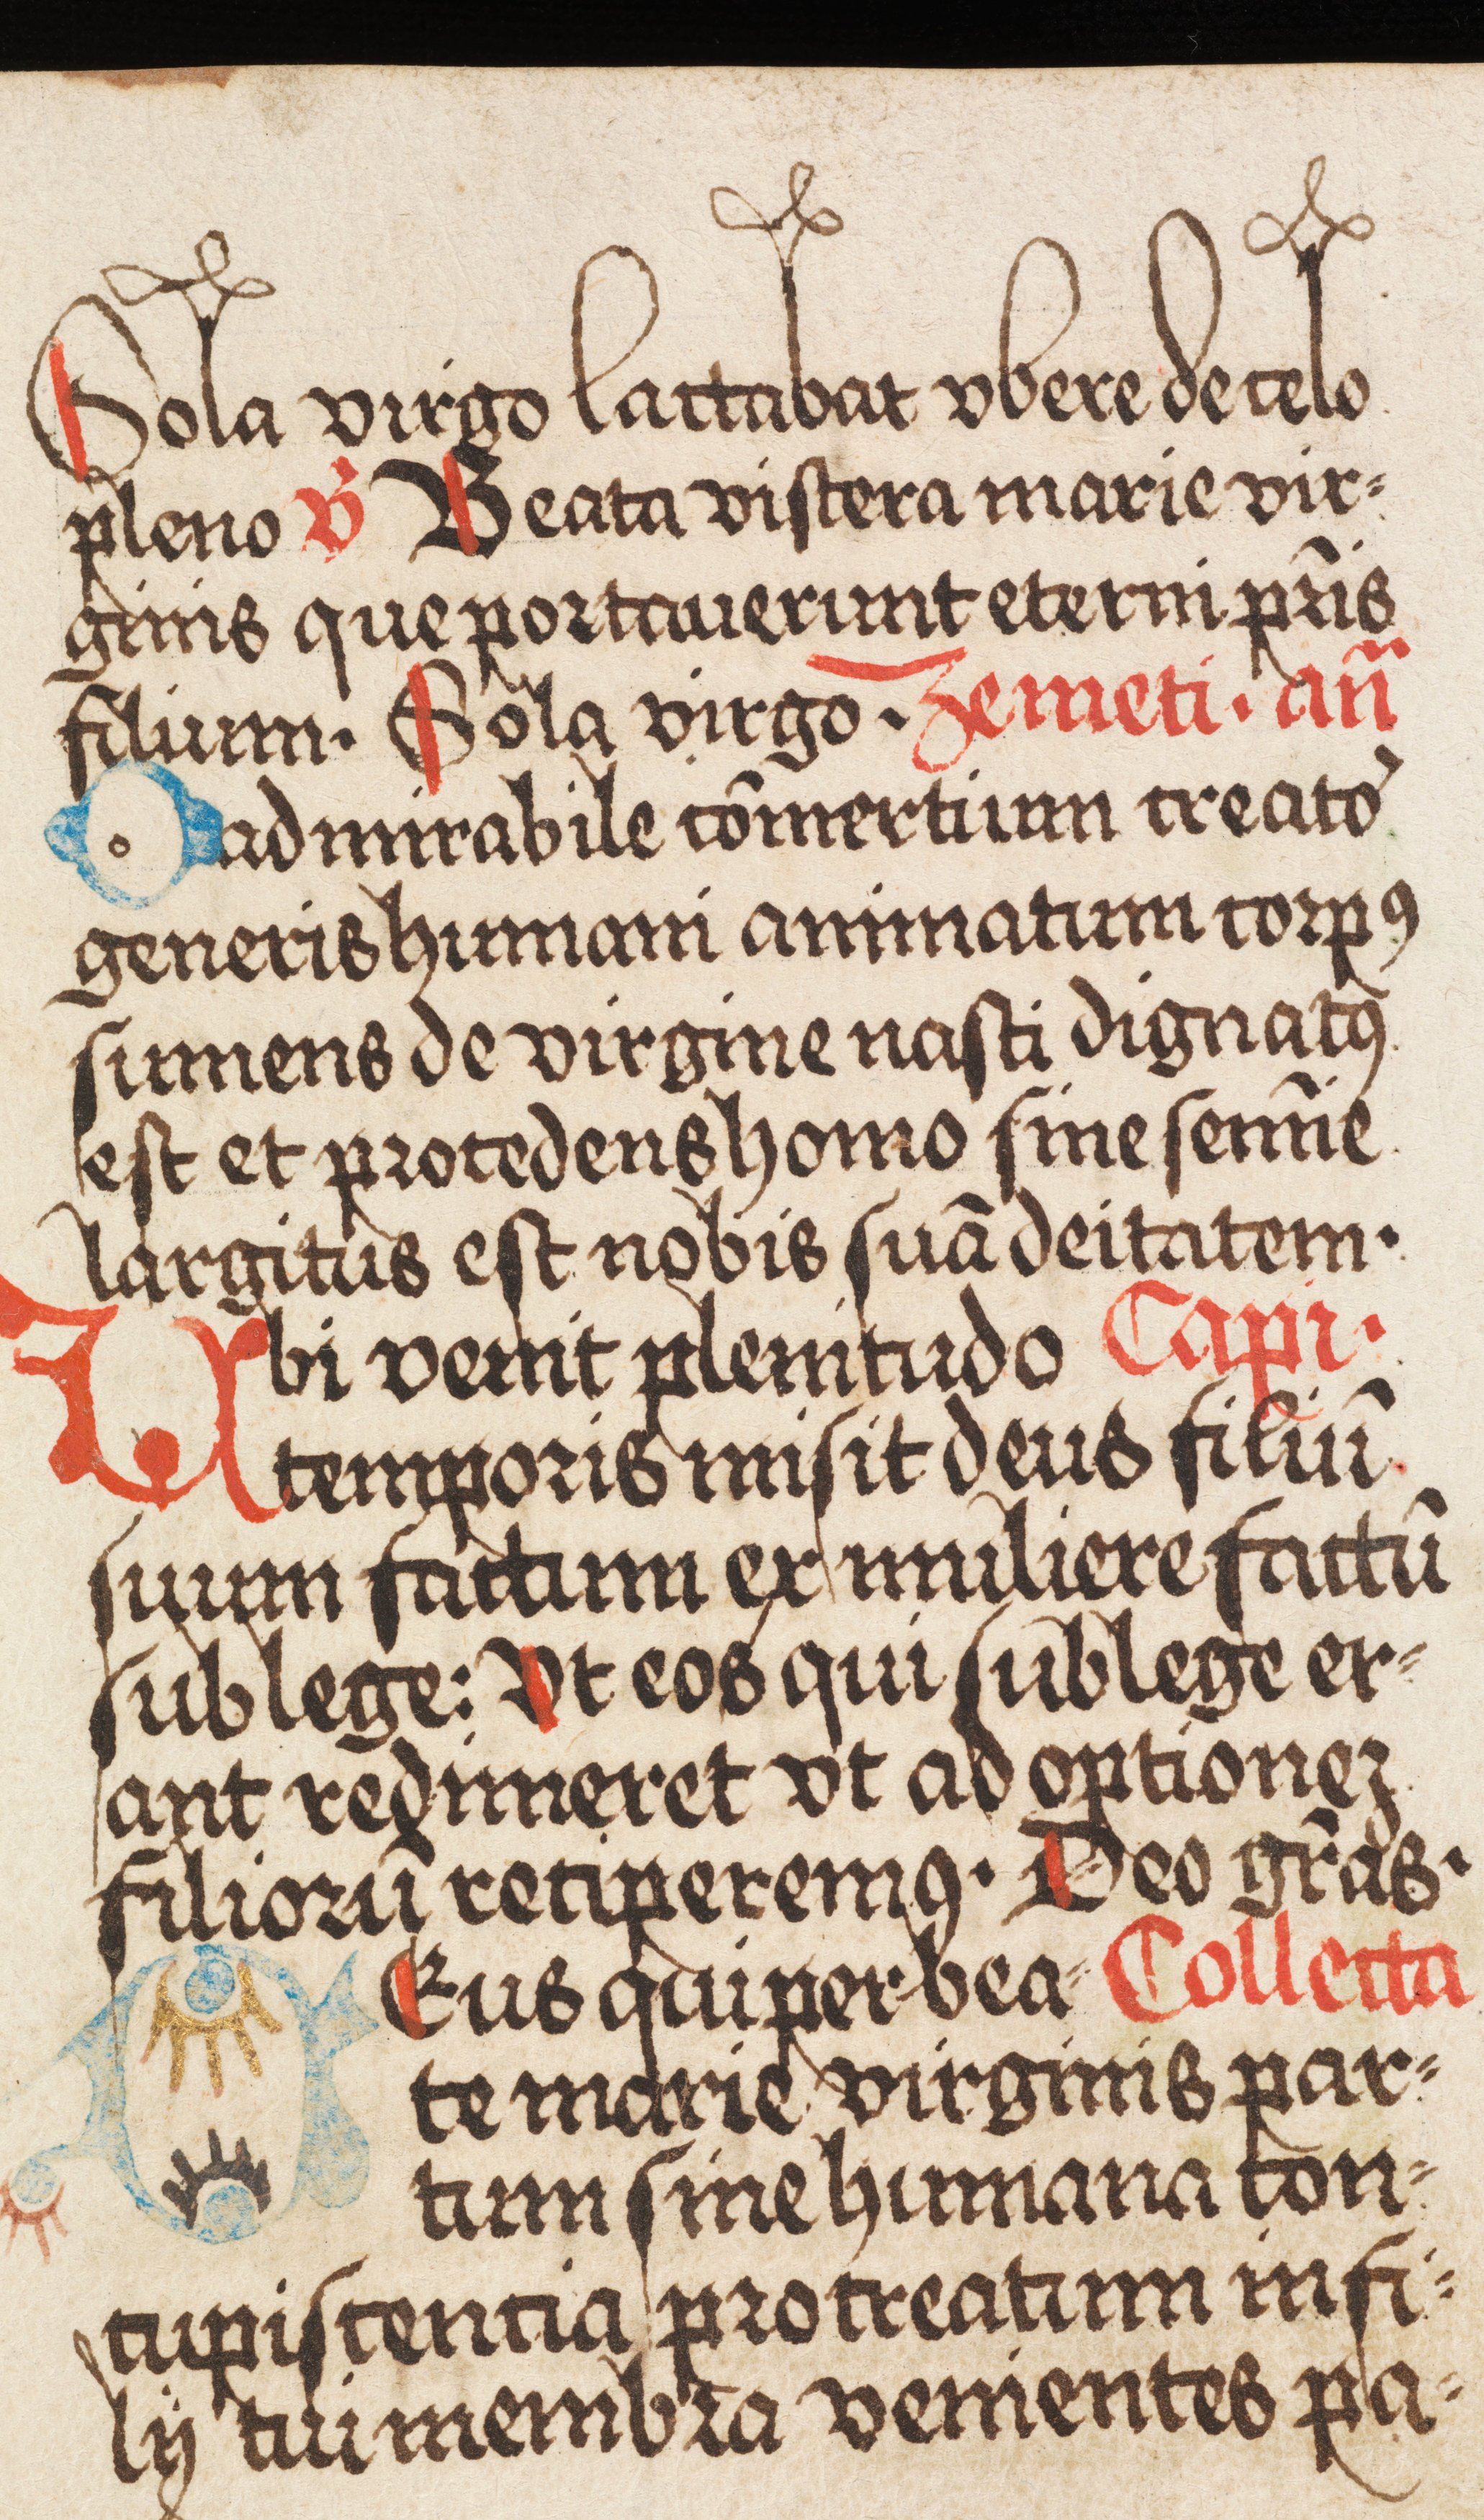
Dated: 1500–1524